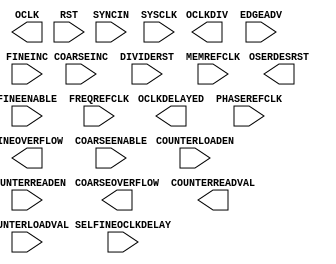
// $Header: /devl/xcs/repo/env/Databases/CAEInterfaces/xec_libs/data/unisims/PHASER_OUT.v,v 1.4 2012/03/08 17:53:09 vandanad Exp $
///////////////////////////////////////////////////////
//  Copyright (c) 2010 Xilinx Inc.
//  All Right Reserved.
///////////////////////////////////////////////////////
//
//   ____   ___
//  /   /\/   / 
// /___/  \  /     Vendor      : Xilinx 
// \  \    \/      Version : 10.1
//  \  \           Description : Xilinx Formal Library Component
//  /  /                         Fujisan PHASER OUT
// /__/   /\       Filename    : PHASER_OUT.v
// \  \  /  \ 
//  \__\/\__ \                    
//                                 
//  Revision: Comment:
//  22APR2010 Initial UNI/UNP/SIM version from yaml
///////////////////////////////////////////////////////

`timescale 1 ps / 1 ps 

module PHASER_OUT (
  COARSEOVERFLOW,
  COUNTERREADVAL,
  FINEOVERFLOW,
  OCLK,
  OCLKDELAYED,
  OCLKDIV,
  OSERDESRST,

  COARSEENABLE,
  COARSEINC,
  COUNTERLOADEN,
  COUNTERLOADVAL,
  COUNTERREADEN,
  DIVIDERST,
  EDGEADV,
  FINEENABLE,
  FINEINC,
  FREQREFCLK,
  MEMREFCLK,
  PHASEREFCLK,
  RST,
  SELFINEOCLKDELAY,
  SYNCIN,
  SYSCLK
);

  parameter integer CLKOUT_DIV = 4;
  parameter COARSE_BYPASS = "FALSE";
  parameter integer COARSE_DELAY = 0;
  parameter EN_OSERDES_RST = "FALSE";
  parameter integer FINE_DELAY = 0;
  parameter real MEMREFCLK_PERIOD = 0.000;
  parameter OCLKDELAY_INV = "FALSE";
  parameter integer OCLK_DELAY = 0;
  parameter OUTPUT_CLK_SRC = "PHASE_REF";
  parameter real PHASEREFCLK_PERIOD = 0.000;
  parameter [2:0] PO = 3'b000;
  parameter real REFCLK_PERIOD = 0.000;
  parameter SYNC_IN_DIV_RST = "FALSE";
  
  output COARSEOVERFLOW;
  output FINEOVERFLOW;
  output OCLK;
  output OCLKDELAYED;
  output OCLKDIV;
  output OSERDESRST;
  output [8:0] COUNTERREADVAL;

  input COARSEENABLE;
  input COARSEINC;
  input COUNTERLOADEN;
  input COUNTERREADEN;
  input DIVIDERST;
  input EDGEADV;
  input FINEENABLE;
  input FINEINC;
  input FREQREFCLK;
  input MEMREFCLK;
  input PHASEREFCLK;
  input RST;
  input SELFINEOCLKDELAY;
  input SYNCIN;
  input SYSCLK;
  input [8:0] COUNTERLOADVAL;

endmodule // PHASER_OUT